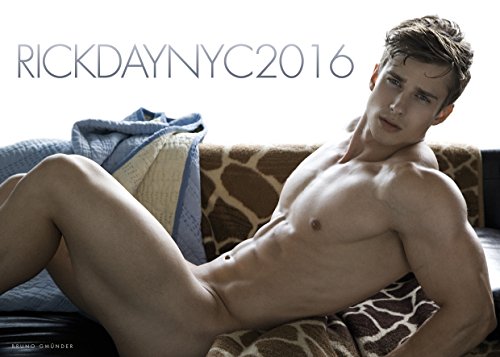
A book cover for Rick Day NYC; Calendars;